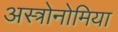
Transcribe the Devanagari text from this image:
अस्त्रोनोमिया